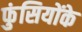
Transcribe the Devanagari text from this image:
फुंसियोंके